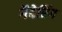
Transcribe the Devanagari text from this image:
गैदेरिंग